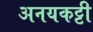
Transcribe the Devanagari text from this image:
अनयकट्टी